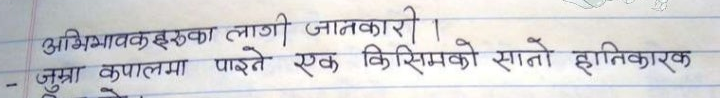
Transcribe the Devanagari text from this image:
अभिभावकहरुका लागी जानकारी ।
जुम्रा कपालमा पाइने एक किसिमको सानो हानिकारक
हो ।